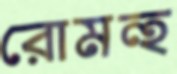
রোমন্হ